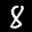
Label: 8